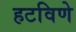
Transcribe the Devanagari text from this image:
हटविणे